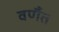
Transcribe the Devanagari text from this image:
वर्णैत